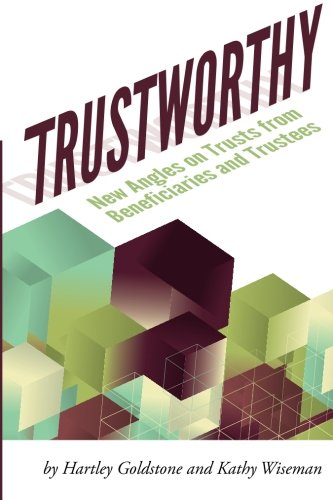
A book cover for TrustWorthy: New Angles on Trusts from Beneficiaries and Trustees: A Positive Story Project showcasing beneficiaries and trustees; Hartley Goldstone; Law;